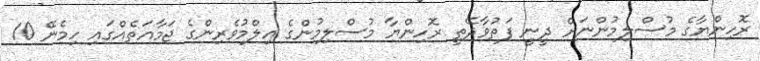
ރޮހިންޔާގެ މުސްލިމުންނަށް ދީނީ ފަތުވާދޭތީ ރޮހިންޔާ މުސްލިމުންގެ އިލްމުވެރިންގެ ޖަމާއަތެއްގައި ހިމެނޭ 10